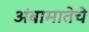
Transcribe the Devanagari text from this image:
अंबामातेचे